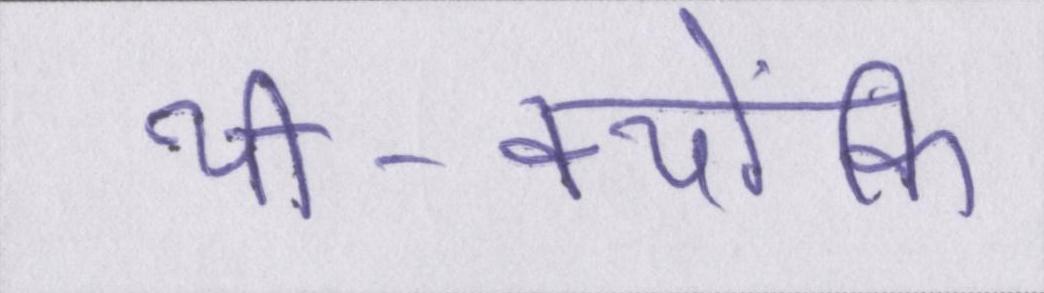
थी-क्योंकि